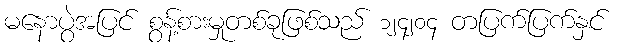
မနောပွဲအပြင် စွန့်စားမှုတစ်ခုဖြစ်သည် ၁၂၄၂၀၄ တပြက်ပြက်နှင်